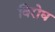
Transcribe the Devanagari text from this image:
विरोघ